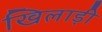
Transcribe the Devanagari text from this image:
खिलाड़ी